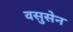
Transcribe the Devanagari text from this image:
वसुसेन